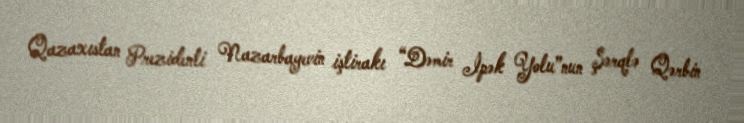
Qazaxıstan Prezidenti Nazarbayevin iştirakı “Dəmir İpək Yolu”nun Şərqlə Qərbin